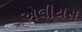
એલીયસ